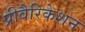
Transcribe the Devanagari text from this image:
प्रीवैरिकेशन